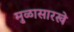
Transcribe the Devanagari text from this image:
मुळासारखे